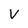
Character: V